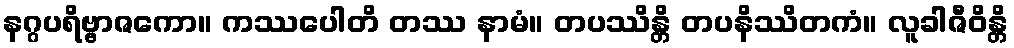
နဂ္ဂပရိဗ္ဗာဇကော။ ကဿပေါတိ တဿ နာမံ။ တပဿိန္တိ တပနိဿိတကံ။ လူခါဇီဝိန္တိ